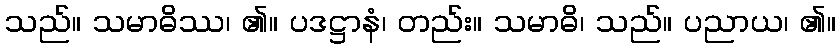
သည်။ သမာဓိဿ၊ ၏။ ပဒဋ္ဌာနံ၊ တည်း။ သမာဓိ၊ သည်။ ပညာယ၊ ၏။